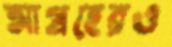
আগ্রহেরও